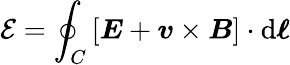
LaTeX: {\mathcal{E}}=\oint_{C}\left[{\boldsymbol{E}}+{\boldsymbol{v}}\times{\boldsymbol{B}}\right]\cdot\mathrm{d}{\boldsymbol{\ell}}